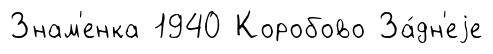
Знам'енка 1940 Коробово За́дн'еjе